Vital statistics of India. Vol. V, Reports of 1876 on armies & jails and on epidemic cholera
Year: 1876
Disease focus: Cholera
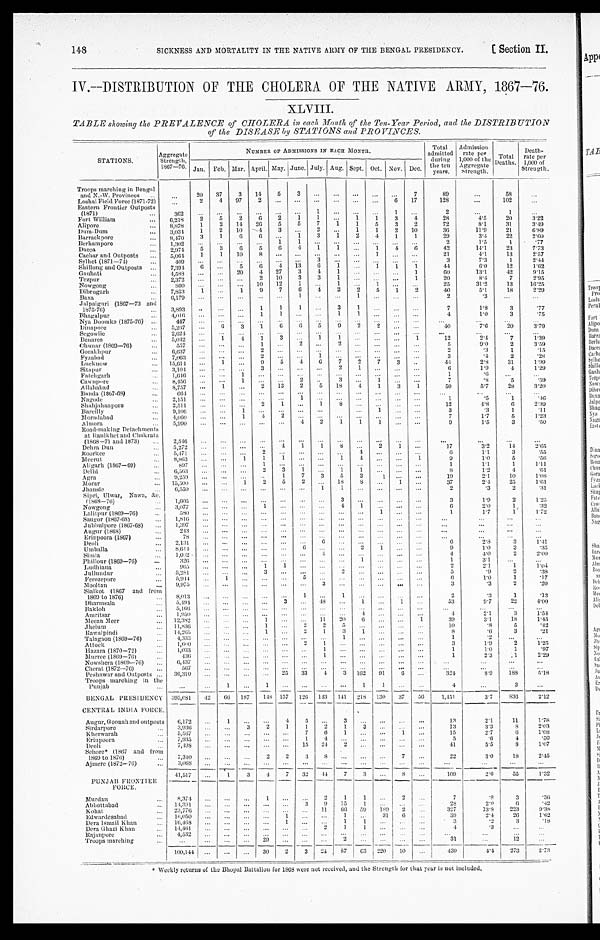
SICKNESS AND MORTALITY IN THE NATIVE ARMY OF THE BENGAL PRESIDENCY.
[ Section II.
148
IV.—DISTRIBUTION OF THE CHOLERA OF THE NATIVE ARMY, 1867—76.
XLVIII.
TABLE showing the PREVALENCE of CHOLERA in each Month cf the Ten-Year Period, and the DISTRIBUTION
of the DISEASE by STATIONS and PROVINCES.
STATIONS.
Aggregate
Strength
1867—76.
NUMBER OF ADMISSIONS IN EA CH MONTH.
Total
admitted
during
the ten
years.
Admission
rate per
1,000 of the
Aggregate
Strength.
Total
Deaths.
Death-
rate per
1,000 of
Strength.
Jan. Feb. Mar. April May June. July. Aug. Sept. Oct. Nov. Dec.
Troops marching in Bengal
and N.-W. P rovinces . . .
. . .
20
37
3
14
5
3
. . .
. . .
. . .
. . .
. . .
7
89
. . .
58
. . .
Loshai Field Force (1871-72)
. . .
2
4
97
2
. . .
. . .
. . .
. . .
. . .
. . .
6
17
128
. . .
102
. . .
Eastern Frontier Outposts
(1871) . . .
3 6 2
. . .
. . .
. . .
. . .
. . .
. . .
1
. . .
. . .
. . .
1
. . .
2
. . .
1
. . .
Fort William . . .
6,218
2
5
2
6
2
1
1
. . .
1
1
3
4
28
4.5
20
3.22
Alipore . . .
8,878
1
2
14
26
5
5
7
1
1
5
3
2
72
8.1
31
3.49
Dum-Dum . . .
3,034
1
2
10
4
3
. . .
2
. . .
1
1
2
10
36
11.9
21
6.89
Barrack pore . . .
8,470
3
1
6
6
. . .
1
3
1
2
4
1
1
29
3.4
22
2.60
Berhampore . . .
1,302
. . .
. . .
. . .
. . .
1
. 1 . .
. . .
. . .
. . .
. . .
. . .
. . .
2
1.5
1
. 7 7
Dacca . . .
2,974
5
3
6
5
6
4
1
1
. . .
1
4
6
42
14.1
23
7.73
Cachar and Outposts . . .
5,064
1
1
10
8
. . .
. . .
. . .
. . .
. . .
1
. . .
. . .
21
4.1
13
2.57
Sylhet (1871—74)
409
. . .
. . .
. . .
. . .
. . .
. . .
3
. . . . . .
. . .
. . .
. . .
. . .
3
7.3
1.
2.44
Shillong and Outposts . . .
7,394
6
. . .
5
6
4
13
6
1
. . .
1
1
1
44
6.0
12
1.62
Gauhati . . .
4,588
. . .
. . .
20
4
27
3
4
1
. . .
. . .
. . .
1
6 0
13.1
42
9.15
Tezpur . . .
2,372
. . .
. . .
. . .
2
10
3
3
1
. . . . . .
. . .
1
20
8.4
7
2.95
Nowgong . . .
8 0 0
. . .
. . .
. . . 10
12
1
. . .
1
. . . 1
. . .
. . .
25
31.2
13
16.25
Dibrugarh . . .
7,853
1
. . .
1
9
7
6
4
2
2
5
1
2
40
5.1
18
2 . 2 9
Baxa . . .
6,179
. . .
. . .
. . .
. . .
. . .
1
. . .
. . .
1
. . .
. . .
. . . . . .
2
.3
. . .
. . .
Jalpaiguri (1867—73 and
1875-76) . . .
3,893
. . .
. . .
. . .
1
1
1
. . .
3
1
. . .
. . .
. . .
7
1.8
3
.77
Bhagalpur . . .
4,016
. . .
. . .
. . .
1
1
. . .
. . .
1
1
. . .
. . .
. . .
4
1.0
3
. 7 5
Nya Doomka (1875-76) . . .
447
. . .
. . .
. . .
. . .
. . .
. . .
. . .
. . .
. . .
. . .
. . .
. . .
. . .
. . .
. . .
. . .
Dinapore . . .
5,267
. . .
6
3
1
6
6
5
9
2
2
. . .
. . .
40
7.6
20
3.79
Segowlie . . .
2,624
. . .
. . .
. . .
. . .
. . .
. . .
. . .
. . .
. . .
. . .
. . .
. . .
. . .
. . .
. . .
. . .
Benares . . .
5,042
. . .
1
4
1
3
. . .
1
1
. . .
. . .
. . .
1
1 2
2.4
7
1.39
Chunar (1869—76) . . .
557
. . .
. . .
. . .
1
. . .
2
. . .
2
. . .
. . .
. . .
. . .
5
9.0
2
3.59
Gorakhpur . . .
6,637
. . .
. . .
. . .
2
. . .
. . .
. . .
. . .
. . .
. . .
. . .
. . .
2
.3
1
.15
Fyzabad . . .
7,063
. . .
. . . . . .
2
. . .
. . .
1
. . .
. . .
. . .
. . .
. . .
3
.4
2
.28
Lucknow. . .
15,614
. . .
1 . . .
9
5
4
6
7
2
7
3
. . .
44
2.8
31
1.99
Sitapur . . .
3,104
. . .
. . . . . .
3
. . .
. . .
. . .
2
1
. . .
. . .
. . .
6
1.9
4
1.29
Fatchgarh . . .
1,646
. . .
. . .
1
. . .
. . .
. . .
. . .
. . .
. . .
. . .
. . .
. . .
1
. 6
. . .
. . .
Cawnpore . . .
8,456
. . .
. . .
1
. . .
. . .
2
. . .
3
. . .
. . .
. . .
. . .
7
. 8
5
.59
Allahabad . . .
8,757
. . .
1
. . .
2
13
2
5
18
4
1
3
1
50
5.7
28
3.20
Banda (1867-68) . . .
6 6 4
. . .
. . .
. . .
. . .
. . .
. . .
. . .
. . .
. . .
. . .
. . .
. . .
. . .
. . .
. . .
. . .
Nagode . . .
2,151
. . .
. . .
. . .
. . .
. . .
1
. . .
. . .
. . .
. . .
. . .
. . .
1
. . 5
1
.46
Shahjahanpore . . .
2,511
. . .
. . .
. . .
2
1
. . .
1
8
. . .
. . .
. . .
. . .
12
4.8
6
2 . 3 9
Bareilly . . .
9,106
. . .
. . .
1
. . .
. . .
. . .
. . .
. . .
. . .
1
. . .
. . .
3
.3
1
. 1 1
Moradabad . . .
4,060
. . .
. . .
1
4
2
. . .
. . .
. . .
. . .
. . .
. . .
. . .
7
1.7
5
1.23
Almora
5,990
. . .
. . .
. . .
. . .
. . .
4
2
1
1
1
. . .
. . .
9
1.5
3
.50
Road-making Detachment s
at Ranikhet and Chakrata
(1865-71 and 1873) . . .
2,546
. . .
. . .
. . .
. . .
. . .
. . .
. . .
. . .
. . .
. . .
. . .
. . .
. . .
. . .
. . .
. . .
Dehra Dun . . .
5,272
. . .
. . .
. . .
. . .
4
1
1
8
. . .
2
1
. . .
17
3.2
1 4
2.65
Roorkee . . .
5,471
. . .
. . .
. . .
2
. . .
. . .
. . .
. . .
4
. . .
. . .
. . .
6
1 . 1
3
. 5 5
Meerut . . .
8,863
. . .
. . .
1
1
1
. . .
. . .
1
4
. . .
. . .
1
9
1.0
5
. 5 6
Aligarh (1867—69) . . .
897
. . .
. . .
. . .
1
. . .
. . .
. . .
. . .
. . .
. . .
. . .
. . .
1
1.1
1
1.11
Delhi . . .
6,563
. . .
. . .
. . .
2
3
1
. . .
1
1
. . .
. . .
. . .
8
1.2
4
. 6 1
Agra . . .
9,259
. . .
. . .
. . .
. . .
1
7
3
5
2
1
. . .
. . .
19
2.1
10
1.08
Morar . . .
15,500
. . .
. . .
1
2
5
2
. . .
18
8
. . .
1
. . .
37
2.4
25
1.61
Jhansie . . .
6,550
. . .
. . .
. . .
. . .
. . .
. . .
1
1
. . .
. . .
. . .
. . .
2
.3
2
. 3 1
Sipri, Ulwar, Nawa, &c.
(1868—76) . . .
1,605
. . .
. . .
. . .
. . .
. . .
. . .
. . .
3
. . .
. . .
. . .
. . .
3
1.9
2
1.25
Nowgong . . .
3,077
. . .
. . .
. . .
1
. . .
. . .
. . .
4
1
. . .
. . .
. . .
6
2.0
1
. 3 2
Lalitpur (1869—76) . . .
580
. . .
. . .
. . .
. . .
. . .
. . .
. . .
. . .
. . .
1
. . .
. . .
1
1.7
1
1.72
Saugor (1867-68) . . .
1,816
. . .
. . .
. . .
. . .
. . .
. . .
. . .
. . .
. . .
. . .
. . .
. . .
. . ..
. . .
. . .
. . .
Jubbulpore (1867-68) . . .
1,397
. . .
. . .
. . .
. . .
. . .
. . .
. . .
. . .
. . .
. . .
. . .
. . .
. . .
. . .
. . .
. . .
Augur (1868) . . .
243
. . .
. . .
. . .
. . .
. . .
. . .
. . .
. . .
. . .
. . .
. . .
. . .
. . .
. . .
. . .
. . .
Erinpoora (1867) . . .
78
. . .
. . .
. . .
. . .
. . .
. . .
. . .
. . .
. . .
. . .
. . .
. . .
. . .
. . .
. . .
. . .
Deoli . . .
2,131
. . .
. . .
. . .
. . .
. . .
. . .
6
. . .
. . .
. . .
. . .
. . .
6
2.8
3
1.41
Umballa . . .
8 , 6 1 4
. . .
. . .
. . .
. . .
. . .
6
. . .
. . .
2
1
. . .
. . .
9
1.0
3
. 3 5
Simla . . .
1,002
. . .
. . .
. . .
. . .
. . .
. . .
4
. . .
. . .
. . .
. . .
. . .
4
4 . 0
2
2.00
Phillour (1869—76) . . .
326
. . .
. . .
. . .
. . .
. . .
. . .
. . .
. . .
1
. . .
. . .
. . .
1
3.1
. . .
. . .
Ludhiana . . .
965
. . .
. . .
. . .
1
1
. . .
. . .
. . .
. . .
. . .
. . .
. . .
2
2.1
1
1.04
Jullundur . . .
5,281
. . .
. . .
. . .
3
. . .
. . .
. . .
2
. . .
. . .
. . .
. . .
5
. 9
2
. 3 8
Ferozepore . . .
5,944
. . .
1
. . .
. . .
. . . 5
. . .
. . .
. . .
. . .
. . .
. . .
6
1.0
1
.17
Mooltan . . .
9,975
. . .
. . .
. . .
. . .
. . .
. . .
3
. . .
. . .
. . .
. . .
. . .
3
.3
2
.20
Sialkot (1867 and from
1869 to 1876) . . .
8,013
. . .
. . .
. . .
. . .
. . .
1
. . .
1
. . .
. . .
. . .
. . .
2
.3
1
.13
Dharmsala . . .
5,494
. . .
. . .
. . .
. . .
3
. . .
48
. . .
1
. . .
1
. . .
53
9.7
22
4.00
Bakloh . . .
5,166
. . .
. . .
. . .
. . .
. . .
. . .
. . .
. . .
. . .
. . .
. . .
. . .
. . .
. . .
. . .
. . .
Amritsar . . .
1,950
. . .
. . .
. . .
. . .
. . .
. . .
. . .
. . .
4
. . .
. . .
. . .
4
2.1
3
1.54
Meean Meer . . .
12,382
. . .
. . .
. . .
1
. . .
. . .
11
20
6
. . .
. . .
1
39
3.1
18
1.45
Jhelum . . .
11,836
. . .
. . .
. . .
1
. . .
2
2
5
. . .
. . .
. . .
. . .
10
.8
5
.42
Rawalpindi . . .
14,265
. . .
. . .
. . .
1
. . .
2
1
3
1
. . .
. . .
. . .
8
.6
3
.21
Talagaou (1869—76) . . .
4,333
. . .
. . . . . .
. . .
. . .
. . .
. . .
1
. . .
. . .
. . .
. . .
1
.2
. . .
. . .
A t t o c k . . .
1,600
. . .
. . .
. . .
. . .
. . .
2
1
. . .
. . .
. . .
. . .
. . .
3
1.9
2
1.25
Hazara (1870—72) . . .
1,033
. . .
. . . . . .
. . .
. . .
. . .
1
. . .
. . .
. . .
. . .
. . .
1
1.0
1
.97
Murree (1869—76) . . .
436
. . .
. . . . . .
. . .
. . .
. . .
1
. . .
. . .
. . .
. . .
. . .
1
2.3
1
2.29
Nowsltera (1869—76) . . .
6,437
. . .
. . .
. . .
. . .
. . .
. . .
. . .
. . .
. . .
. . .
. . .
. . .
. . .
. . .
. . .
. . .
Cherat (1879—76) . . .
567
. . .
. . . . . .
. . .
. . .
. . .
. . .
. . .
. . .
. . .
. . .
. . .
. . .
. . .
. . .
. . .
Peshawar and Outposts . . .
36,31
. . .
. . .
. . .
. . . 25
33
4
3
162
91
6
. . .
324
8 . 9
188
5.18
Troops marching in the
Punjab . . .
. . .
. . .
1 . . .
1
. . .
. . .
. . .
. . .
1
1
. . .
. . .
4
. . .
3
. . .
BENGAL PRESIDENCY
395,081
42
66
187
148
157
126
113
141
218
130
37
56
1,451
3.7
836
2.12
CENTRAL INDIA FORCE.
Augur, Goonah and outposts
6,172
. . .
1
. . .
. . .
4
5
. . .
3
. . .
. . .
. . .
. . .
13
2.1
11
1.78
Sirdarpore . . .
3,936
. . .
. . .
3
. . .
1
1
2
1
3
. . .
. . .
. . .
13
3.3
8
2.03
Kh e r wa r a h . . .
5,587
. . .
. . .
. . .
. . .
. . .
7
6
1
. . .
. . .
1
. . .
15
2.7
6
1.08
Erinpoora . . .
7,935
. . .
. . .
. . .
. . .
. . .
1
4
. . .
. . .
. . .
. . .
. . .
5
.6
4
.50
Deoli . . .
7,498
. . .
. . .
. . .
. . .
. . .
15
24
2
. . .
. . .
. . .
. . .
41
5.5
8
1.07
Sehore* (1807 and from
1869 to 1876) . . .
7,340
. . .
. . .
. . .
2
2
3
8
. . .
. . .
. . . 7
. . .
22
3.0
18
2.45
Ajmere (1872—76) . . .
3,068
. . .
. . .
. . .
. . .
. . .
. . .
. . .
. . .
. . .
. . .
. . .
. . .
. . .
. . .
. . .
. . .
PUNJAB FRONTIER
FORCE.
41,517
. . .
1
3
4
7
32
44
7
3
. . .
8 . . .
109
2.6
55
1.32
Murdan . . .
8,374
. . .
. . .
. . .
1
. . .
. . .
2
1
1
. . .
2
. . .
7
.8
3
.36
Abbot tabad . . .
14,391
. . .
. . .
. . .
. . .
. . .
3
9
15
1
. . .
. . .
. . .
28
2.0
6
.42
K o h a t . . .
23.776
. . .
. . .
. . .
. . .
. . .
. . .
11
66
59
189
2
. . .
327
13.8
223
9.38
Edwardesabad . . .
16,050
. . .
. . .
. . .
. . .
1
. . .
. . .
1 . . .
31
6
. . .
39
2.4
26
1.62
Dera Ismail Khan . . .
16,468
. . .
. . .
. . .
. . .
1
. . .
. . .
1
1
. . .
. . .
. . .
3
. 2
3
. 1 8
Dera Ghazi Khan . . .
14,461
. . .
. . .
. . .
. . .
. . .
. . .
2
1
1
. . .
. . .
. . .
4
.3
. . .
. . .
Raj anpore . . .
4 , 5 3 2
. . .
. . .
. . .
. . .
. . .
. . .
. . .
. . .
. . .
. . .
. . .
. . .
. . .
. . .
. . .
. . .
Troops marching . . .
. . .
. . .
. . .
. . .
29
. . .
. . .
. . .
2
. . .
. . .
. . .
. . .
31
. . .
12
. . .
100,144
. . .
. . .
. . .
30
2
3
24
87
63
220
10 . . .
439
4.4
273
2. 73
Weekly returns of the Bhopal Battalion for 1868 were not received, and the Strength for that year is not included.